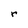
Character: r